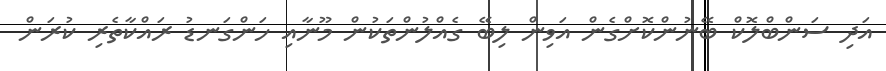
އަދި ސަންބްލޮކް ބޭނުންކޮށްގެން އަވިން ލިބޭ ގެއްލުންތަކުން މޫނާއި ހަންގަނޑު ރައްކާތެރި ކުރަން